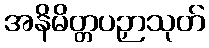
အနိမိတ္တပဉှာသုတ်